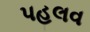
પહલવ